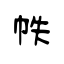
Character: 帙